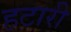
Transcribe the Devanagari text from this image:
हटारी